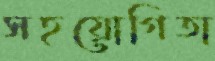
সহয়োগিতা